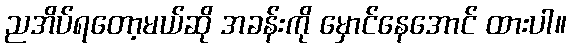
ညအိပ်ရတော့မယ်ဆို အခန်းကို မှောင်နေအောင် ထားပါ။